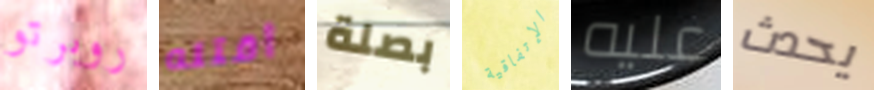
روبرتو أقتله بصلة الإتفاقية عليه يحدث